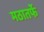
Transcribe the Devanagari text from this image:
मठातर्फे